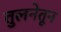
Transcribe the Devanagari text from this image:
तुलनेतून